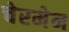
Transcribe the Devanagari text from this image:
चेरमेन